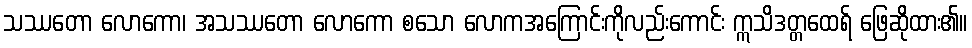
သဿတော လောကော၊ အသဿတော လောကော စသော လောကအကြောင်းကိုလည်းကောင်း ဣသိဒတ္တထေရ် ဖြေဆိုထား၏။